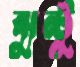
ঝুন্টু